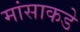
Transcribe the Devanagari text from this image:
मांसाकडे